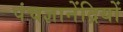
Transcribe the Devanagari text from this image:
पंचज्ञानेंद्रियों